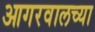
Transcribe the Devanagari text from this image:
आगरवालच्या